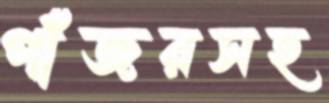
পাঁজরসহ